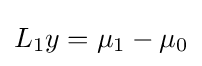
L_{1}y=\mu _{1}-\mu _{0}